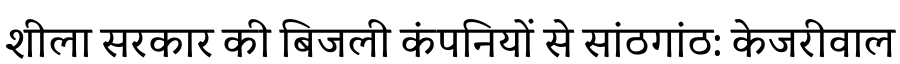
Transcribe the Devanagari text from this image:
शीला सरकार की बिजली कंपनियों से सांठगांठ: केजरीवाल